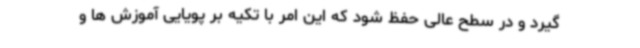
گیرد و در سطح عالی حفظ شود که این امر با تکیه بر پویایی آموزش ها و